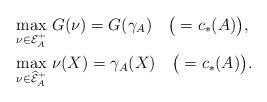
LaTeX: \begin{align*} &\max_{\nu\in\mathcal E^+_A}\,G(\nu)=G(\gamma_A)\quad\bigl({}=c_*(A)\bigr),\\ &\max_{\nu\in\widehat{\mathcal E}^+_A}\,\nu(X)=\gamma_A(X)\quad\bigl({}=c_*(A)\bigr). \end{align*}